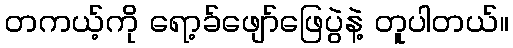
တကယ့်ကို ရော့ခ်ဖျော်ဖြေပွဲနဲ့ တူပါတယ်။